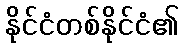
နိုင်ငံတစ်နိုင်ငံ၏